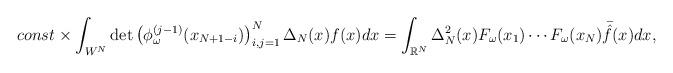
LaTeX: \begin{align*}const \times \int_{W^N}^{}\det \left(\phi_{\omega}^{(j-1)}(x_{N+1-i})\right)^N_{i,j=1}\Delta_N(x)f(x)dx=\int_{\mathbb{R}^N}^{}\Delta^2_N(x)F_{\omega}(x_1)\cdots F_{\omega}(x_N)\bar{\hat{f}}(x)dx,\end{align*}